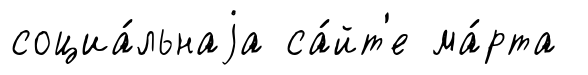
социа́льнаjа са́йт'е ма́рта